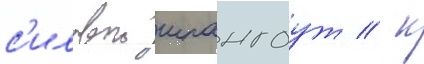
с'иловои шпангоут / к